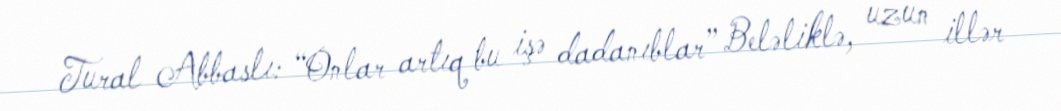
Tural Abbaslı: “Onlar artıq bu işə dadanıblar” Beləliklə, uzun illər